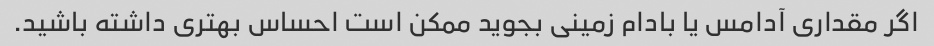
اگر مقداری آدامس یا بادام زمینی بجوید ممکن است احساس بهتری داشته باشید.